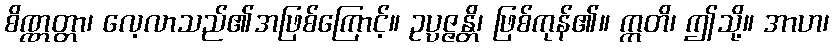
စိဏ္ဏတ္တာ၊ လေ့လာသည်၏အဖြစ်ကြောင့်။ ဥပ္ပဇ္ဇန္တိ၊ ဖြစ်ကုန်၏။ ဣတိ၊ ဤသို့။ အာဟ၊